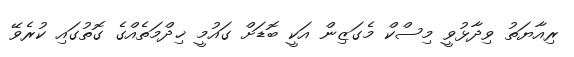
ރިއާޔަތު ވިދާޅުވީ މިސްކް މެގަޒިން އަކީ ބޮޑަށް ގައުމީ ޚިދްމަތެއްގެ ގޮތުގައި ކުރެވޭ